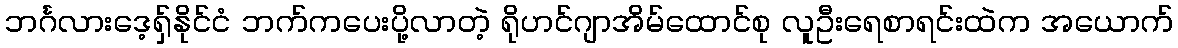
ဘင်္ဂလားဒေ့ရှ်နိုင်ငံ ဘက်ကပေးပို့လာတဲ့ ရိုဟင်ဂျာအိမ်ထောင်စု လူဦးရေစာရင်းထဲက အယောက်